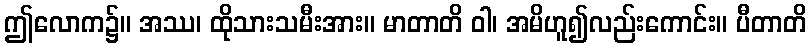
ဤလောက၌။ အဿ၊ ထိုသားသမီးအား။ မာတာတိ ဝါ၊ အမိဟူ၍လည်းကောင်း။ ပီတာတိ